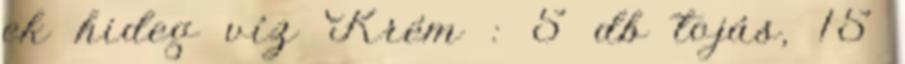
ek hideg víz Krém : 5 db tojás, 15